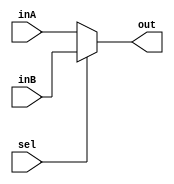
`timescale 1ns/100ps
module Mux2to1_32bit (inA, inB, sel, out);
input [31:0] inA, inB;
input sel;
output [31:0] out;

assign out = sel ? inB : inA;

endmodule